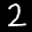
Label: 2